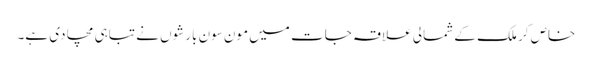
خاص کر ملک کے شمالی علاقہ جات میں مون سون بارشوں نے تباہی مچا دی ہے۔